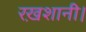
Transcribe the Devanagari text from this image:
रख़शानी।